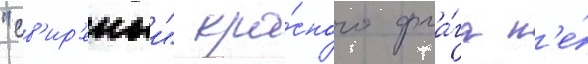
"св'ир'епыи" кра́сного фла́га н'е́